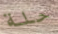
حلة